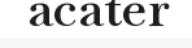
acater